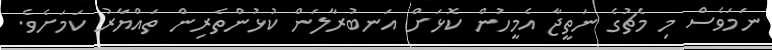
ނަމަވެސް މި މެޗުގެ ނަތީޖާ އެމީހުން ކޮޅަށް އަނބުރާލަން ކުޅުންތެރިން ތައްޔާރު ކަމަށެވެ.